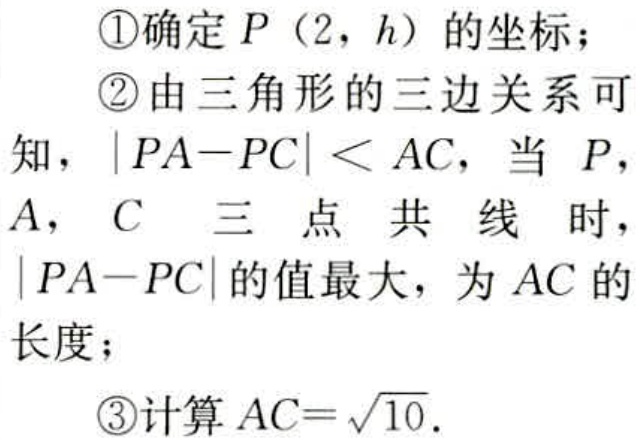
\textcircled{1}确定 \(P(2,h)\) 的坐标；
\textcircled{2}由三角形的三边关系可知，\(\vert PA - PC\vert< AC\)，当 \(P\)，\(A\)，\(C\) 三点共线时，\(\vert PA - PC\vert\) 的值最大，为 \(AC\) 的长度；
\textcircled{3}计算 \(AC = \sqrt{10}\)。